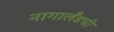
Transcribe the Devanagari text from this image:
नागालँडची